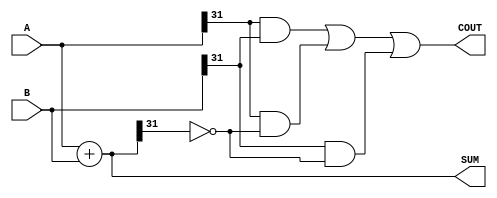
module carry_skip_adder (
    input wire [31:0] A,
    input wire [31:0] B,
    output wire [31:0] SUM,
    output wire COUT
);

assign SUM = A + B;
assign COUT = (A[31] & B[31]) | (A[31] & ~SUM[31]) | (B[31] & ~SUM[31]);

endmodule